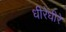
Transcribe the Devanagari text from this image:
धीरेधीरे